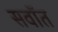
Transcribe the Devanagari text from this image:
सवॉत